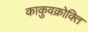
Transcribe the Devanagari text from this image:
काकुवक्रोक्ति